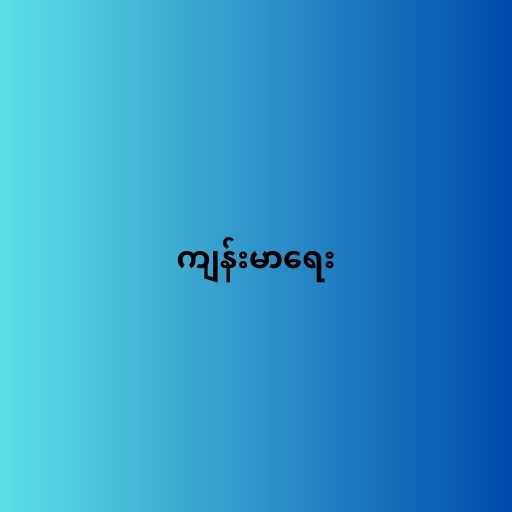
ကျန်းမာရေး